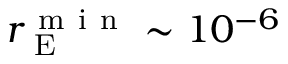
r _ { \mathrm { ~ E ~ } } ^ { \mathrm { ~ m ~ i ~ n ~ } } \sim 1 0 ^ { - 6 }